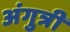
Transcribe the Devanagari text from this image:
अंगुत्री